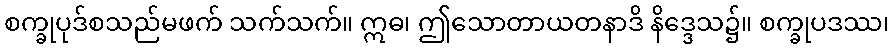
စက္ခုပုဒ်စသည်မဖက် သက်သက်။ ဣဓ၊ ဤသောတာယတနာဒိ နိဒ္ဒေသ၌။ စက္ခုပဒဿ၊